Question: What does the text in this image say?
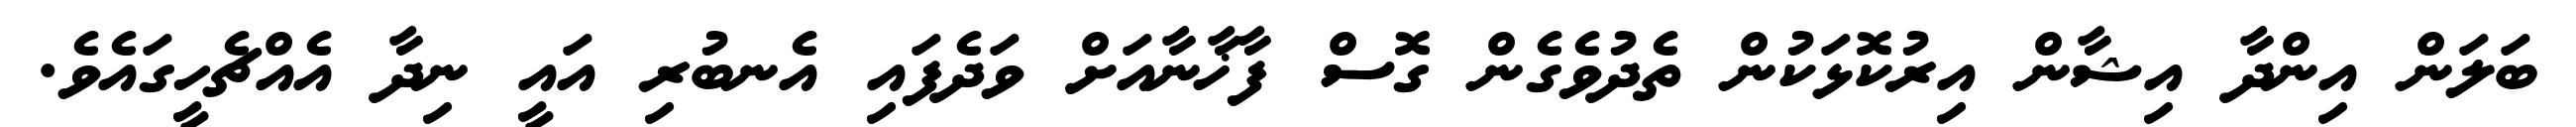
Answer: ބަލަން އިންދާ އިޝާން އިރުކޮޅަކުން ތެދުވެގެން ގޮސް ފާޚާނާއަށް ވަދެފައި އެނބުރި އައީ ނިދާ އެއްޗެހީގައެވެ.